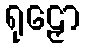
ရုဠှော